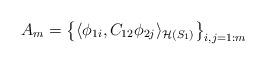
LaTeX: \begin{align*} A_m = \bigl\{ \langle \phi_{1i},C_{12}\phi_{2j}\rangle _{\mathcal{H}(S_1)} \bigr\}_{i, j = 1:m}\end{align*}